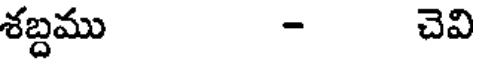
శబ్దము - చెవి